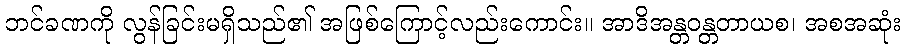
ဘင်ခဏကို လွန်ခြင်းမရှိသည်၏ အဖြစ်ကြောင့်လည်းကောင်း။ အာဒိအန္တဝန္တတာယစ၊ အစအဆုံး